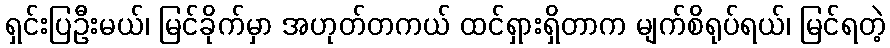
ရှင်းပြဦးမယ်၊ မြင်ခိုက်မှာ အဟုတ်တကယ် ထင်ရှားရှိတာက မျက်စိရုပ်ရယ်၊ မြင်ရတဲ့